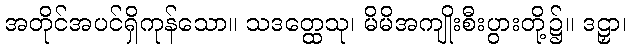
အတိုင်အပင်ရှိကုန်သော။ သဒတ္ထေသု၊ မိမိအကျိုးစီးပွားတို့၌။ ဒဠှာ၊